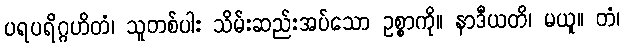
ပရပရိဂ္ဂဟိတံ၊ သူတစ်ပါး သိမ်းဆည်းအပ်သော ဥစ္စာကို။ နာဒီယတိ၊ မယူ။ တံ၊